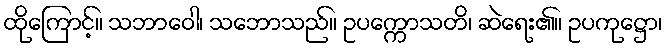
ထိုကြောင့်။ သဘာဝေါ၊ သဘောသည်။ ဥပက္ကောသတိ၊ ဆဲရေး၏။ ဥပကုဋ္ဌော၊